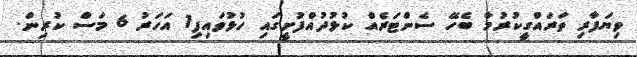
ވިޔަފާރި ތަރައްގީކުރުމާ ބެހޭ ސެންޓަރެއް ކުޅުދުއްފުށީގައި ހުޅުވައިފި1 އަހަރު 6 މަސް ކުރިން.